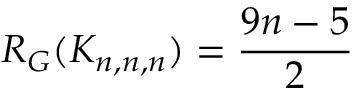
R _ { G } ( K _ { n , n , n } ) = \frac { 9 n - 5 } { 2 }